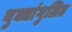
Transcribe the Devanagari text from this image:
युक्तांगुलित